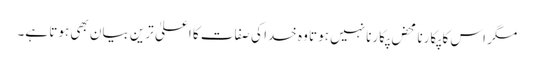
مگر اس کا پکارنا محض پکارنا نہیں ہوتا وہ خدا کی صفات کا اعلیٰ ترین بیان بھی ہوتا ہے۔